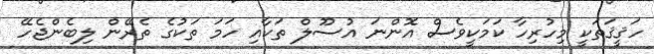
ހަޤީޤަތަކީ މިހުރިހާ ކަމަކީވެސް އޮންނަ އުސޫލް ތަކާއި ހަމަ ތަކުގެ ތެރޭން ލިބެންޖެހޭ